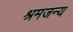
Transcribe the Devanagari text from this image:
श्रमजन्य